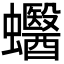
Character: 𧕪